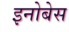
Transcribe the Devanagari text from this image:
इनोबेस